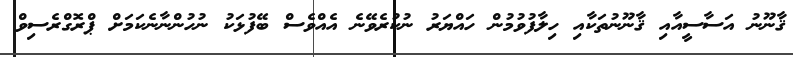
ޤާނޫނު އަސާސީއާއި ޤާނޫނުތަކާއި ހިލާފުވުމުން ހައްޔަރު ނުކުރެވޭނެ އެއްވެސް ބޭފުޅަކު ނުހުންނާނެކަމަށް ޕްރޮގްރެސިވް